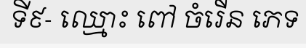
ទី៩- ឈ្មោះ ពៅ ចំរើន ភេទ